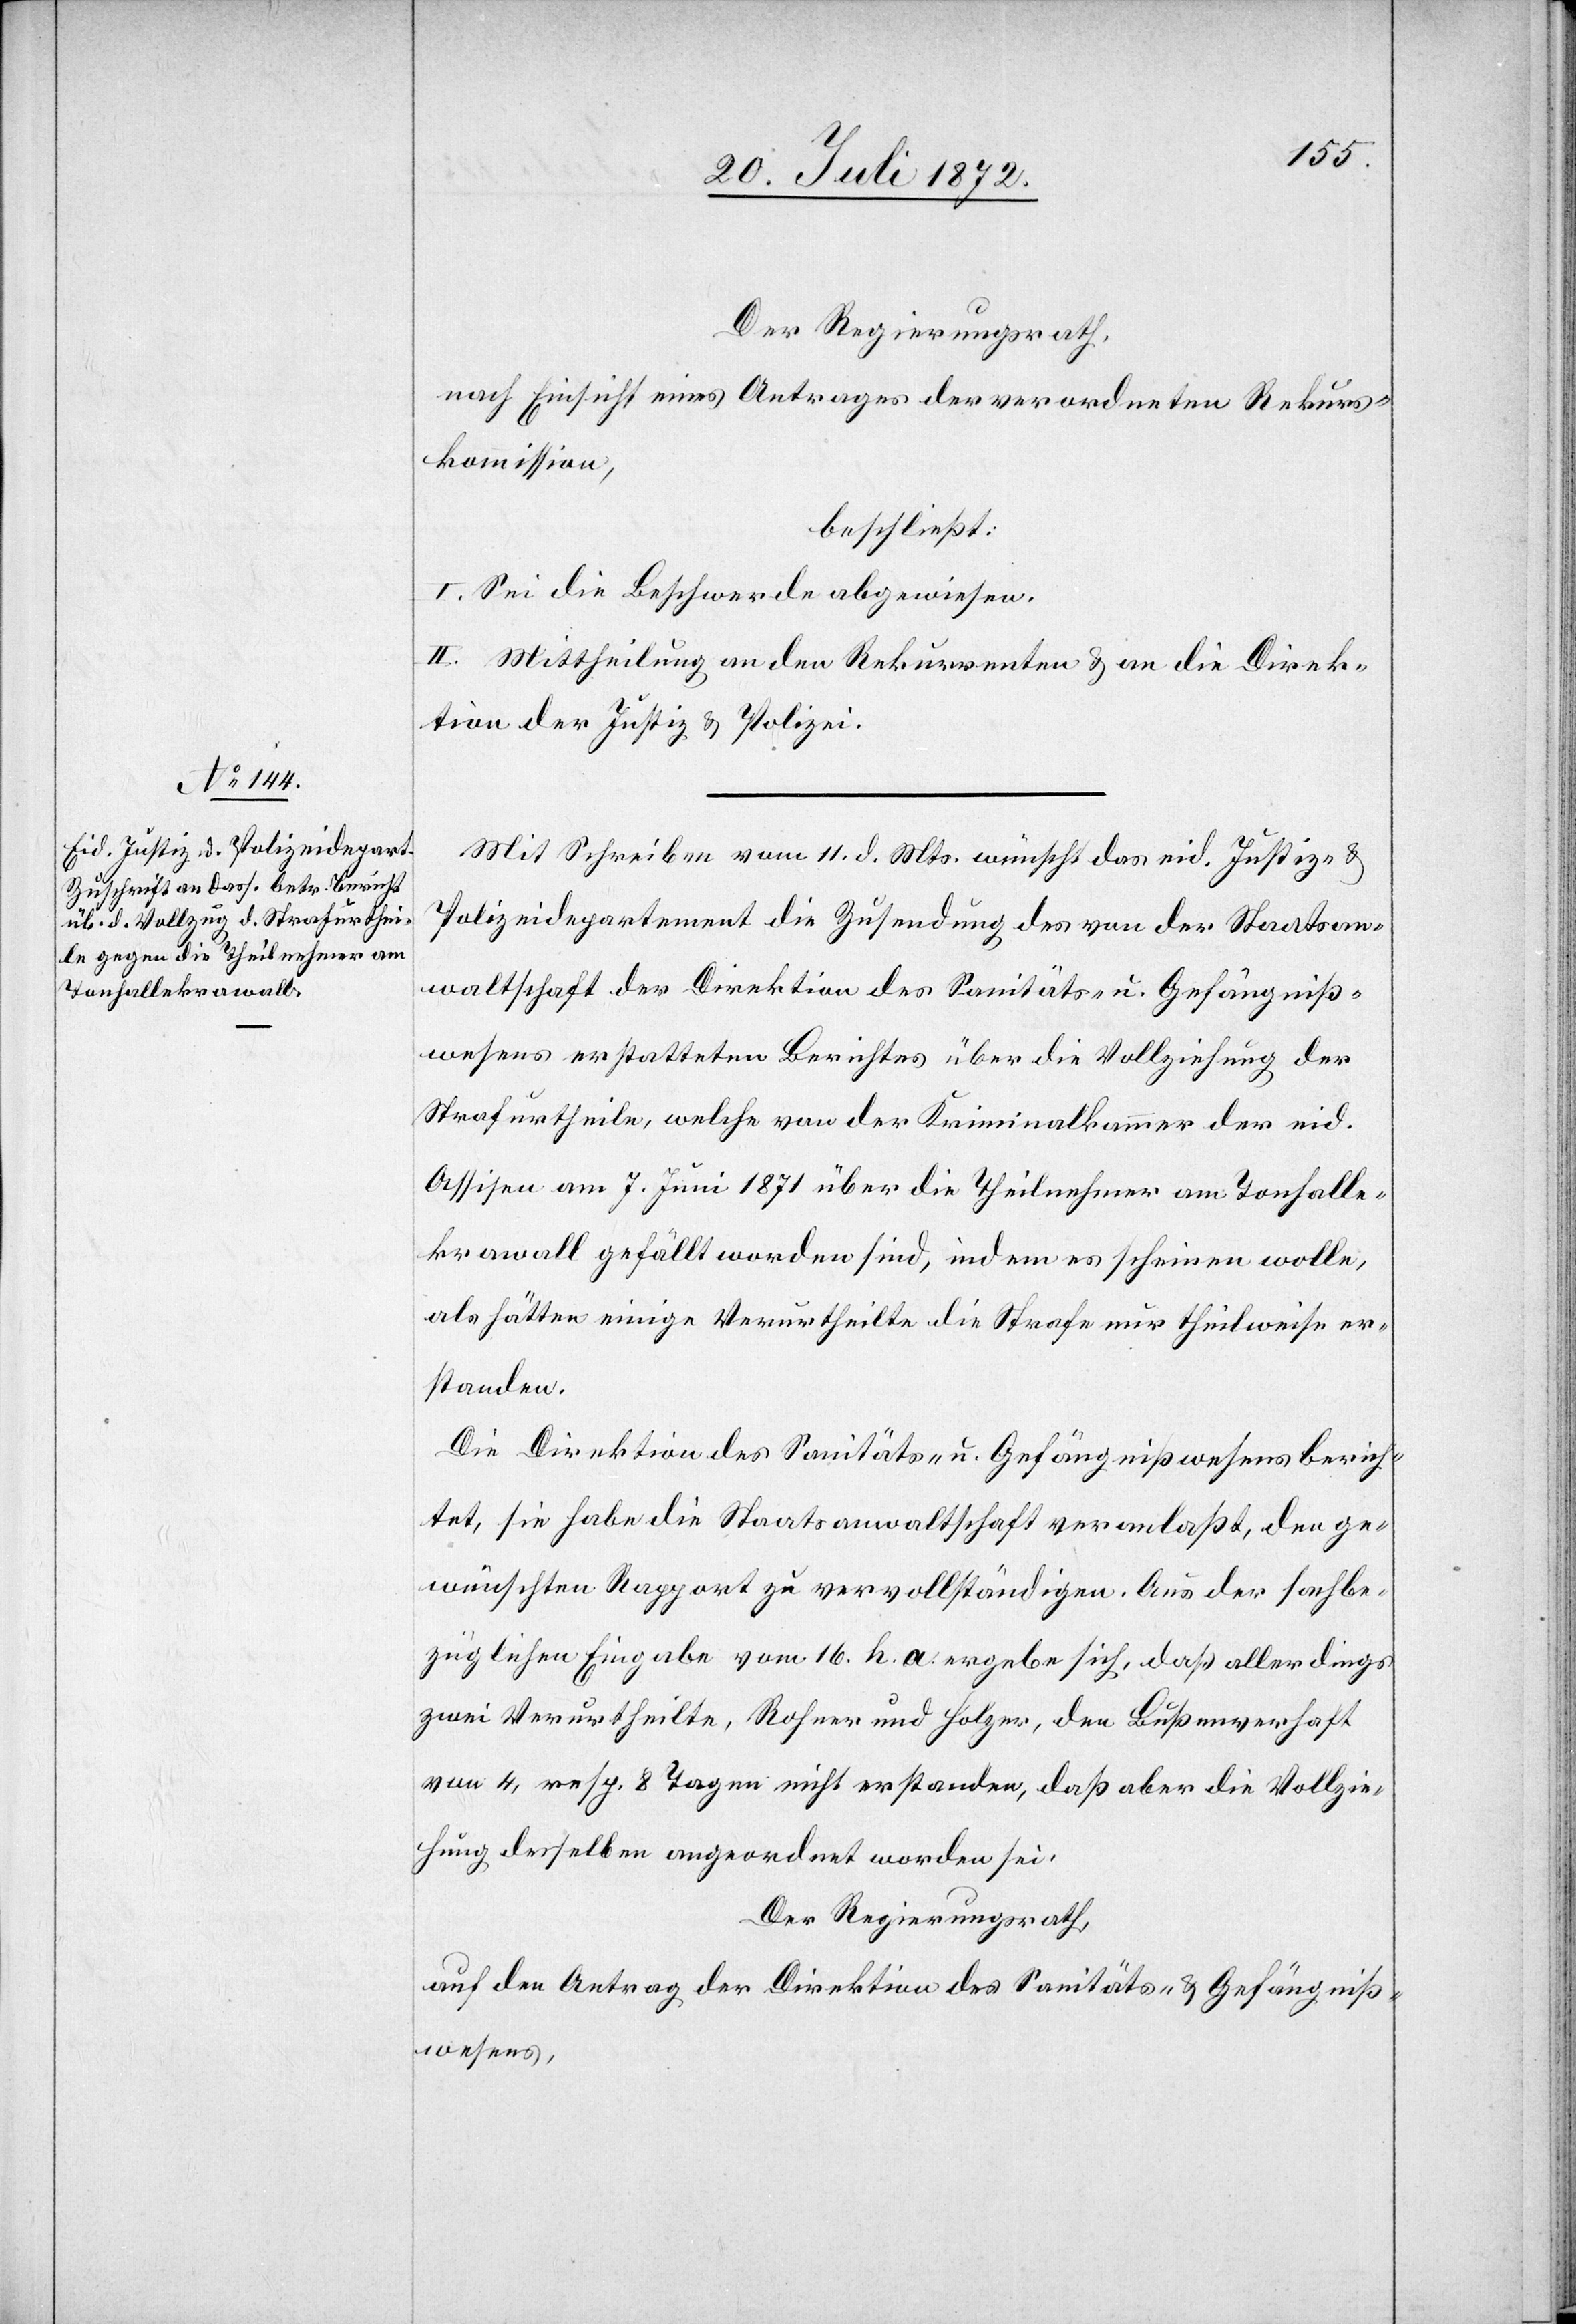
Der Regierungsrath,
nach Einsicht eines Antrages der verordneten Rekurs¬
kommission,
beschließt:
I. Sei die Beschwerde abgewiesen.
II. Mittheilung an den Rekurrenten u. an die Direk¬
tion der Justiz u. Polizei.
Mit Schreiben vom 11. d. Mts. wünscht das eid. Justiz- u.
Polizeidepartement die Zusendung des von der Staatsan¬
waltschaft der Direktion des Sanitäts- u. Gefängniß¬
wesens erstatteten Berichtes über die Vollziehung der
Strafurtheile, welche von der Kriminalkammer der eid.
Assisen am 7. Juni 1871 über die Theilnehmer am Tonhalle¬
krawall gefällt worden sind, indem es scheinen wolle,
als hätten einige Verurtheilte die Strafe nur theilweise er¬
standen.
Die Direktion des Sanitäts- u. Gefängnißwesens berich¬
tet, sie habe die Staatsanwaltschaft veranlaßt, den ge¬
wünschten Rapport zu vervollständigen. Aus der sachbe¬
züglichen Eingabe vom 16. h. a. ergebe sich, daß allerdings
zwei Verurtheilte, Rohner und Holzer, den Bußenverhaft
von 4, resp. 8 Tagen nicht erstanden, daß aber die Vollzie¬
hung desselben angeordnet worden sei.
Der Regierungsrath,
auf den Antrag der Direktion des Sanitäts- u. Gefängniß¬
wesens,